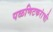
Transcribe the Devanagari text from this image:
पळणिटकरांची